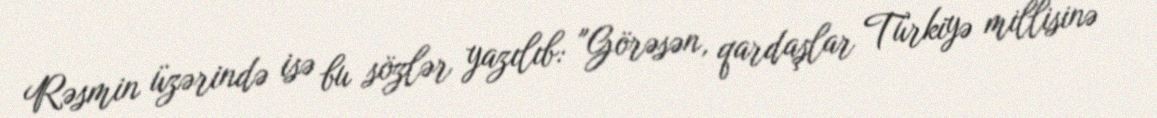
Rəsmin üzərində isə bu sözlər yazılıb: "Görəsən, qardaşlar Türkiyə millisinə